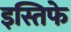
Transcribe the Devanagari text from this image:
इस्तिफे